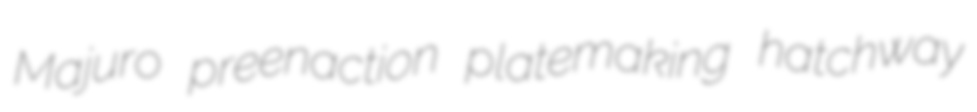
Majuro preenaction platemaking hatchway